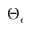
\Theta _ { e }